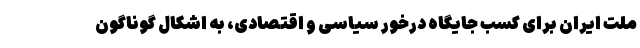
ملت ایران برای کسب جایگاه درخور سیاسی و اقتصادی، به اشکال گوناگون